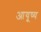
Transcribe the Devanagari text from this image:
आयूष्य